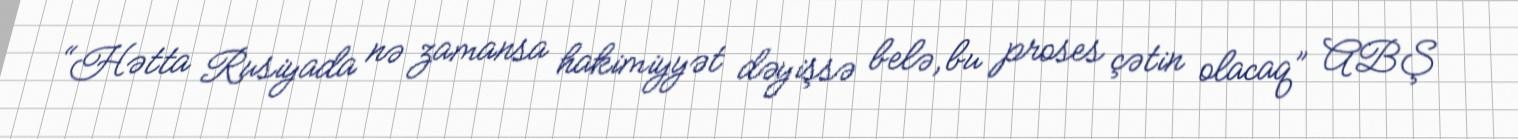
“Hətta Rusiyada nə zamansa hakimiyyət dəyişsə belə, bu proses çətin olacaq” ABŞ